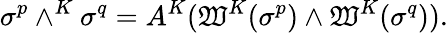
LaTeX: \sigma^{p}\wedge^{K}\sigma^{q}=A^{K}(\mathfrak{W}^{K}(\sigma^{p})\wedge\mathfrak{W}^{K}(\sigma^{q})).